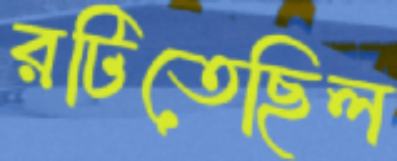
রটিতেছিল